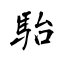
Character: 駘